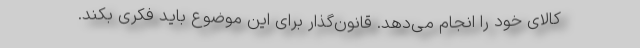
کالای خود را انجام می‌دهد. قانون‌گذار برای این موضوع باید فکری بکند.